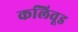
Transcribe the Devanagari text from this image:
कलिवूड